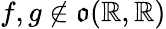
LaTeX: f,g\notin{\mathfrak{o}}(\mathbb{R},\mathbb{R})